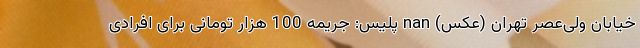
خیابان ولی‌عصر تهران (عکس) nan پلیس: جریمه 100 هزار تومانی برای افرادی